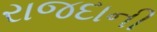
રાજદાની